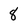
Character: 8